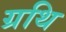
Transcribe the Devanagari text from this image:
ग्रथि